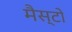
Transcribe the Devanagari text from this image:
मैस्टो